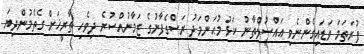
ފުރަތަމަ ވަޑައިގެންނެވި އައްސުލްތާނު ކަޅު މުޙަންމަދު ރަސްގެފާނުގެ ޒަމާނުއްސުރެ ދިވެހި ތާރީޚަށް ގެތެމުންދިޔަ